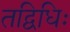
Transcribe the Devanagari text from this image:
तद्विधिः